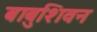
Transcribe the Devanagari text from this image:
बाबुशिवन